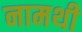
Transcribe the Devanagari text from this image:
नामथी